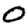
Digit: 0